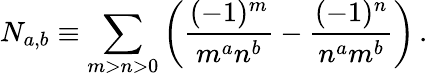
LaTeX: N_{a,b}\equiv\sum_{m>n>0}\left(\frac{(-1)^{m}}{m^{a}n^{b}}-\frac{(-1)^{n}}{n^{a}m^{b}}\right)\, .